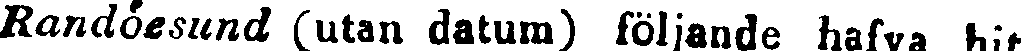
Randöesund (utan datum) följande hafva hit